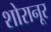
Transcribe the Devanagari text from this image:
शोरानूर